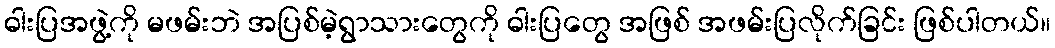
ဓါးပြအဖွဲ့ကို မဖမ်းဘဲ အပြစ်မဲ့ရွာသားတွေကို ဓါးပြတွေ အဖြစ် အဖမ်းပြလိုက်ခြင်း ဖြစ်ပါတယ်။